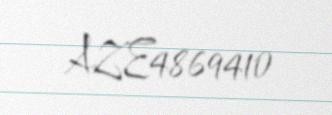
AZE4869410